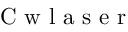
\mathrm { ~ C ~ w ~ l ~ a ~ s ~ e ~ r ~ }